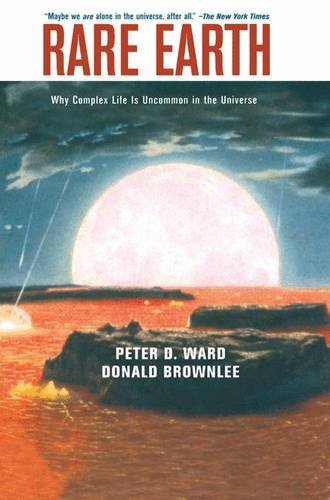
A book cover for Rare Earth: Why Complex Life is Uncommon in the Universe; Peter D. Ward; Science & Math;